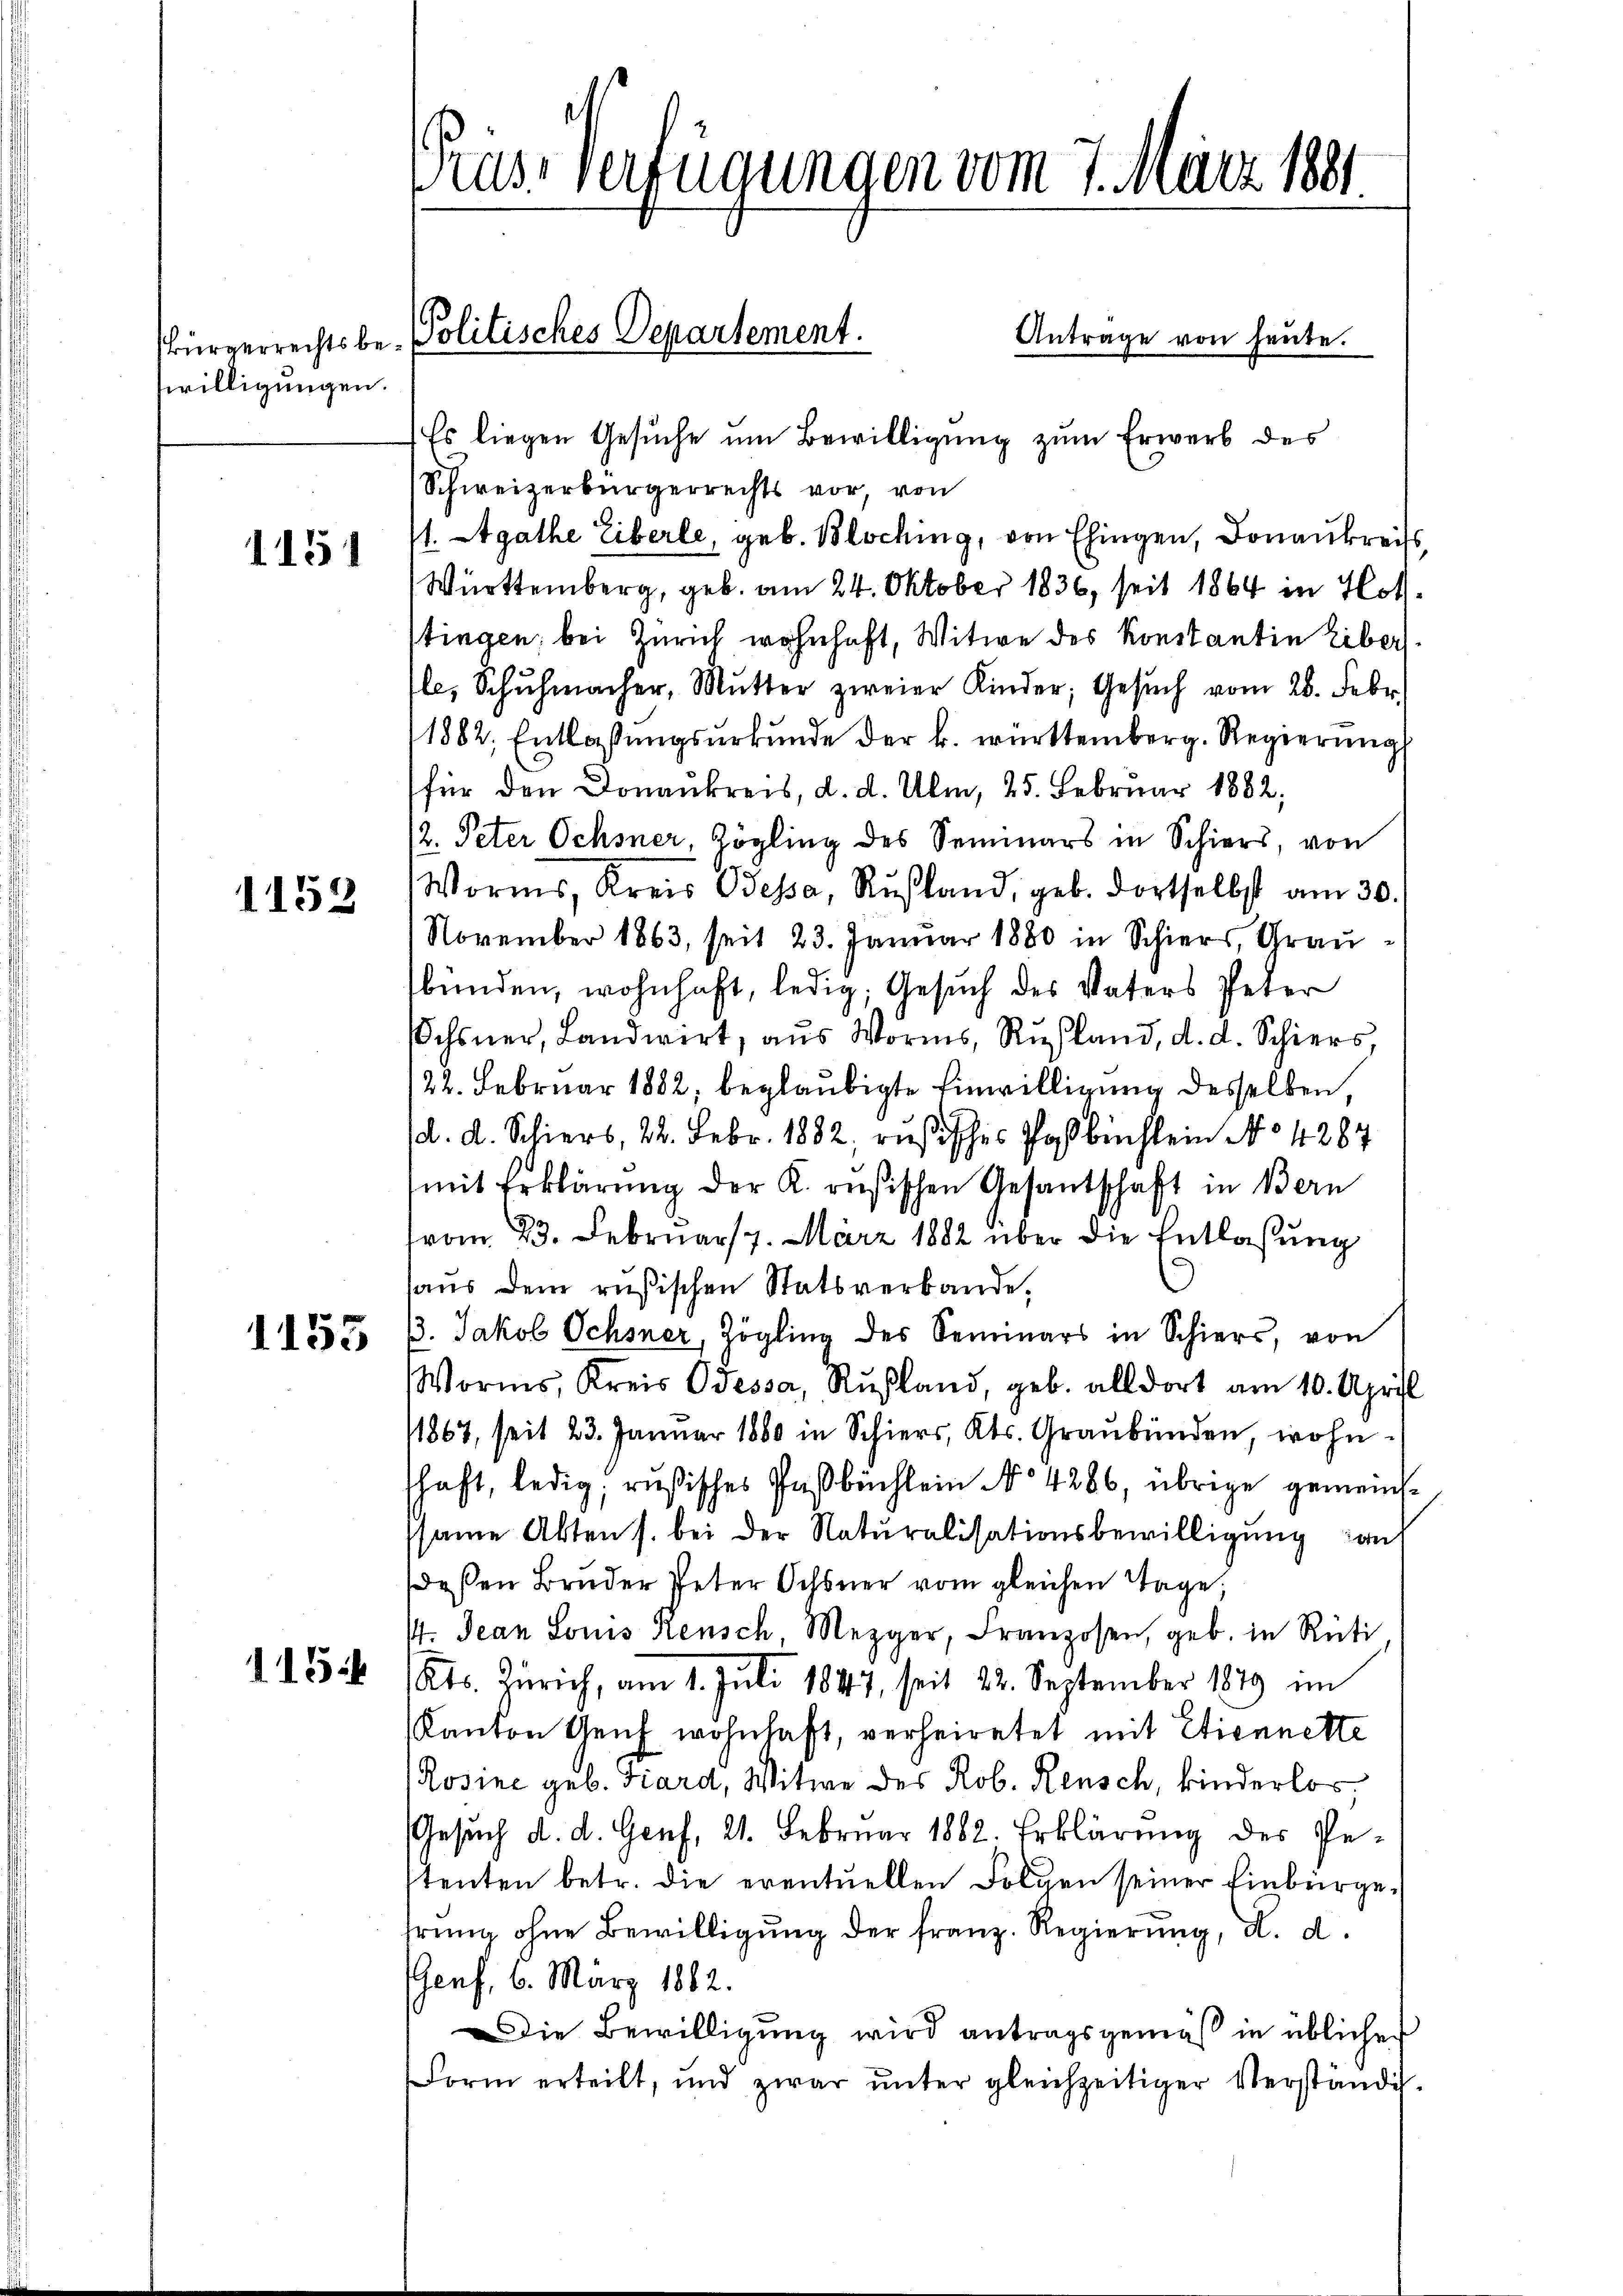
willigungen.

1151

1152

1155

115.

sass Verfügungen vom 7. März 1881

Antrage von heute.
bürgerrechts be- Politisches Departement.

Es liegen Gesuche um Bewilligung zum Erwerb des
Schweizerbürgerrechts vor, von
st. Agathe Eiberle, geb. Bloching, von Ehingen, Donaukreiss
Württemberg, geb. am 24. Oktober 1836, seit 1864 in Hotstingen; bei Zürich wohnhaft, Witwe des Konstantin Eibers
le, Schŭhmacher, Mŭtter zweier Kinder, Gesŭch vom 28. Febr.
1882, Entlassŭngsŭrkŭnde der k. württemberg. Regierŭng
für den Donaukreis, d. d. Ulm, 25. Februar 1882,
12. Peter Ochsner, Zögling des Seminars in Schier, von
Worms, Kreis Besa, Rußland, geb. dortselbst am 30.
November 1863, seit 23. Januar 1880 in Schiers, Grausbunden, wohnhaft, ledig, Gesuch des Vaters Peter
Ochsner, Landwirt, aus Worms, Rŭsland, d. d. Schier,
122. Februar 1882, beglaubigte Einwilligung desselben,
d. d. Schiers, 22. Febr. 1882, rusisches Postbüchlein No 1287
mit Erklärung der K. resischen Gesantschaft in Bern
vom 23. Februar 17. März 1882 über die Entlaßung
haus dem rusischen Statsverbande.
13. Jakob Ochsner, Zögling des Seminars in Schier, von
Worms, Kreis Odessa, Rußland, geb. alldort am 10. April
11867, seit 23. Januar 1880 in Schier, Kts. Graubünden, wohnschaft, ledig, rußisches Paßbüchlein No 4286, übrige gemeinsssame Akten s. bei der Naturalisationsbewilligung an
deßen Bruder Peter Ochsner vom gleichen Tage,
1. Jean Louis Rensch, Mezger, Franzosen, geb. in Rüti
Kts. Zürich, am 1. Juli 1847 seit 22. September 1849 im
Kanton Genf wohnhaft, verheiratet mit Etiennette
Rosine geb. Fiard, Witwe des Rob. Reusch, kinderlos,
Gesŭch d. d. Genf, 21. Februar 1882. Erklärŭng des Pestenten betr. die eventuellen Folgen seiner Einbürgehrung ohne Bewilligung der franz. Regierung, d. d.
Genf, 6. März 1882.
Die Bewilligŭng wird antragsgemäß in üblichen
Form erteilt, und zwar ŭnter gleichzeitiger Verständi¬